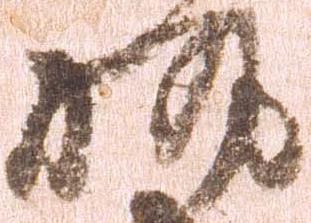
執